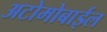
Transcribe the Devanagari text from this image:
अटोमोबाईल